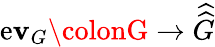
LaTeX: \operatorname{e\mathbf{v}}_{G}\colonG\to{\widehat{{\widehat{{G}}}}}